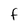
Character: F